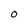
Character: O